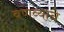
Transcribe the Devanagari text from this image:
वणव्याने